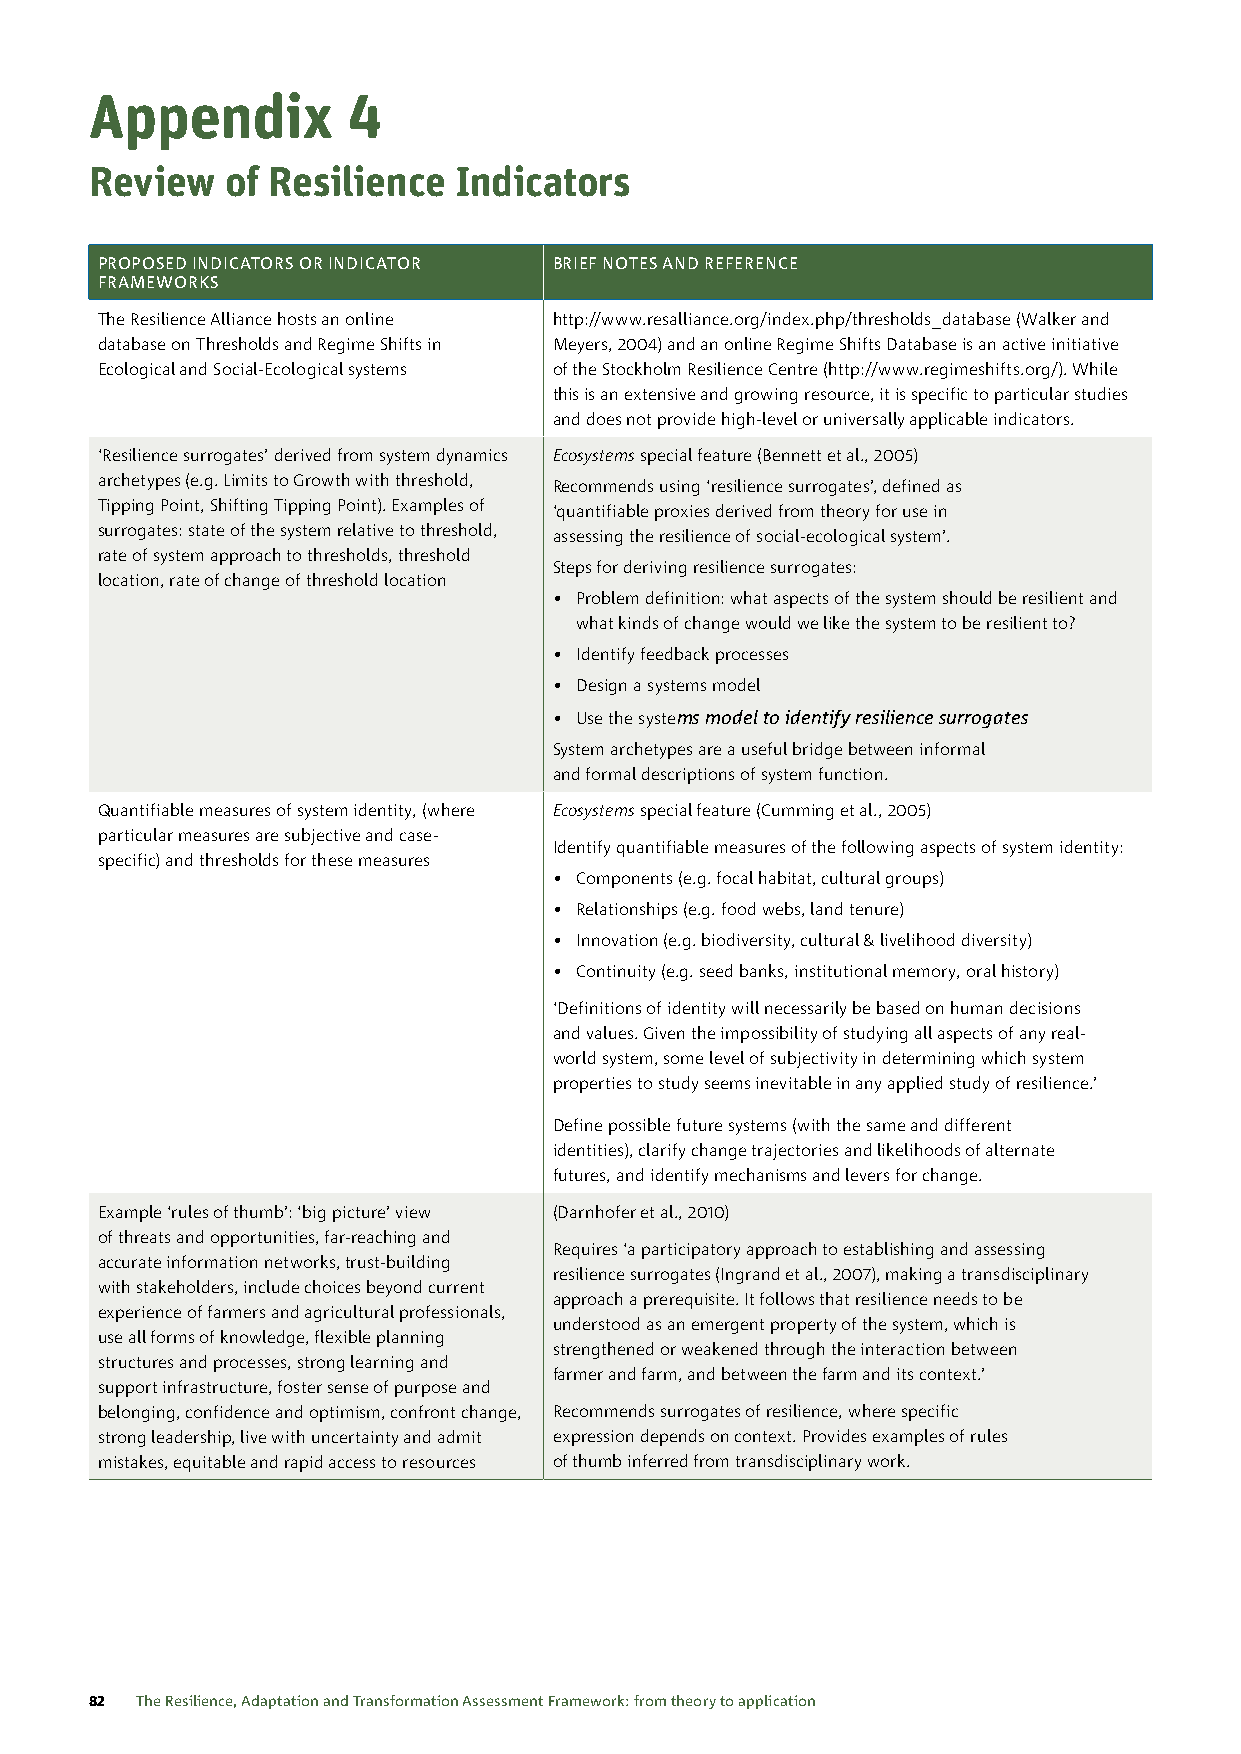
Appendix         4
 Review   of Resilience  Indicators
 PROPOSED INDICATORS OR INDICATOR BRIEF NOTES AND REFERENCE
 FRAMEWORKS
 The Resilience Alliance hosts an online http://www.resalliance.org/index.php/thresholds_database (Walker and
 database on Thresholds and Regime Shifts in Meyers, 2004) and an online Regime Shifts Database is an active initiative
 Ecological and Social-Ecological systems of the Stockholm Resilience Centre (http://www.regimeshifts.org/). While
 this is an extensive and growing resource, it is specific to particular studies
 and does not provide high-level or universally applicable indicators.
 ‘Resilience surrogates’ derived from system dynamics Ecosystems special feature (Bennett et al., 2005)
 archetypes (e.g. Limits to Growth with threshold, Recommends using ‘resilience surrogates’, defined as
 Tipping Point, Shifting Tipping Point). Examples of ‘quantifiable proxies derived from theory for use in
 surrogates: state of the system relative to threshold, assessing the resilience of social-ecological system’.
 rate of system approach to thresholds, threshold
 Steps for deriving resilience surrogates:
 location, rate of change of threshold location
 • Problem definition: what aspects of the system should be resilient and
 what kinds of change would we like the system to be resilient to?
 • Identify feedback processes
 • Design a systems model
 • Use the systems model to identify resilience surrogates
 System archetypes are a useful bridge between informal
 and formal descriptions of system function.
 Quantifiable measures of system identity, (where Ecosystems special feature (Cumming et al., 2005)
 particular measures are subjective and case-
 Identify quantifiable measures of the following aspects of system identity:
 specific) and thresholds for these measures
 • Components (e.g. focal habitat, cultural groups)
 • Relationships (e.g. food webs, land tenure)
 • Innovation (e.g. biodiversity, cultural & livelihood diversity)
 • Continuity (e.g. seed banks, institutional memory, oral history)
 ‘Definitions of identity will necessarily be based on human decisions
 and values. Given the impossibility of studying all aspects of any real-
 world system, some level of subjectivity in determining which system
 properties to study seems inevitable in any applied study of resilience.’
 Define possible future systems (with the same and different
 identities), clarify change trajectories and likelihoods of alternate
 futures, and identify mechanisms and levers for change.
 Example ‘rules of thumb’: ‘big picture’ view (Darnhofer et al., 2010)
 of threats and opportunities, far-reaching and
 Requires ‘a participatory approach to establishing and assessing
 accurate information networks, trust-building
 resilience surrogates (Ingrand et al., 2007), making a transdisciplinary
 with stakeholders, include choices beyond current
 approach a prerequisite. It follows that resilience needs to be
 experience of farmers and agricultural professionals,
 understood as an emergent property of the system, which is
 use all forms of knowledge, flexible planning
 strengthened or weakened through the interaction between
 structures and processes, strong learning and
 farmer and farm, and between the farm and its context.’
 support infrastructure, foster sense of purpose and
 belonging, confidence and optimism, confront change, Recommends surrogates of resilience, where specific
 strong leadership, live with uncertainty and admit expression depends on context. Provides examples of rules
 mistakes, equitable and rapid access to resources of thumb inferred from transdisciplinary work.
 82 The Resilience, Adaptation and Transformation Assessment Framework: from theory to application